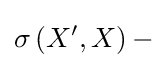
\sigma \left(X^{\prime },X\right)-